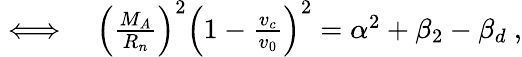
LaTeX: \begin{array}{rl}{\iff}&{{}\left(\frac{M_{A}}{R_{n}}\right)^{2}\left(1-\frac{v_{c}}{v_{0}}\right)^{2}=\alpha^{2}+\beta_{2}-\beta_{d}\ ,}\end{array}